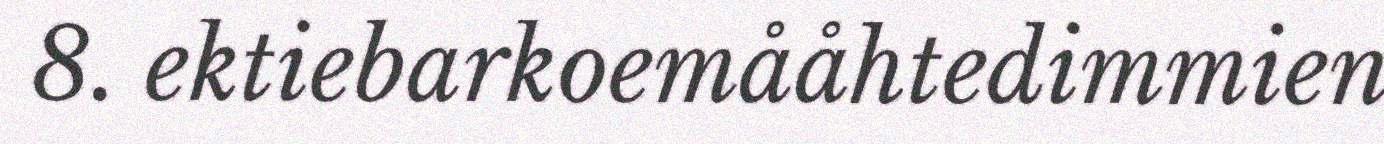
8. ektiebarkoemååhtedimmien